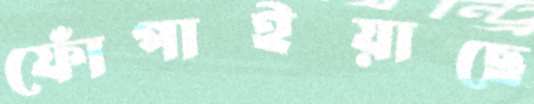
ফোঁপাইয়াছে